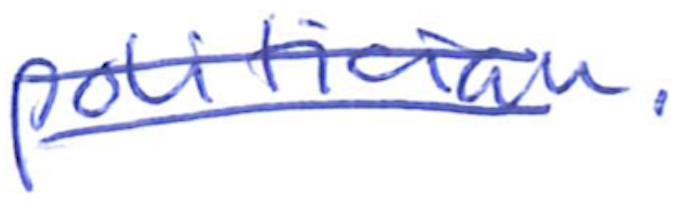
Text: politician.
Cross-out: double-line
Writing tool: ballpoint